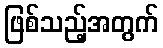
ဖြစ်သည့်အတွက်